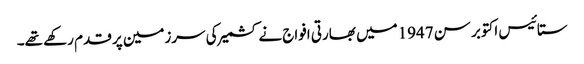
ستائیس اکتوبر سن 1947میں بھارتی افواج نے کشمیر کی سرزمین پر قدم رکھے تھے۔